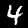
Digit: 4